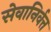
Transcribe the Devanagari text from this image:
सेवानिर्वत्त